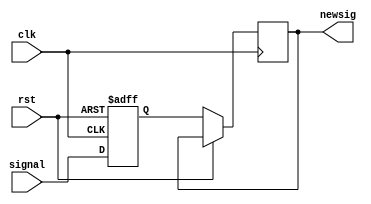
`timescale 1ns / 1ps

module synchronizer (input signal, clk, rst, output reg newsig);
reg Q;
always@(posedge(clk), posedge(rst))
begin
    if (rst) Q <= 0;
    else begin
        Q <= signal;
        newsig <= Q;
    end
    end
endmodule

module Debouncer (input button, clk, rst, output reg sig);

reg Q1, Q2, Q3;
always@(posedge(clk), posedge(rst))
begin
    if (rst) Q1 <= 0;
    else begin
    Q1 <= button;
    Q2 <= Q1;
    Q3 <= Q2;
    end
sig <= Q1 & Q2 &3;

end
endmodule

module BCD (bcd, seg);
input [3:0] bcd;
output reg[6:0] seg;
always @(bcd)
begin
    case (bcd) 
        0 : seg = 7'b0000001;
        1 : seg = 7'b1001111;
        2 : seg = 7'b0010010;
        3 : seg = 7'b0000110;
        4 : seg = 7'b1001100;
        5 : seg = 7'b0100100;
        6 : seg = 7'b0100000;
        7 : seg = 7'b0001111;
        8 : seg = 7'b0000000;
        9 : seg = 7'b0000100;
        10: seg = 7'b1111110;
        11: seg = 7'b0110000;
        12: seg = 7'b1111111;
    endcase
end  
endmodule


module  clockDivider #(parameter n = 5000000) (input clk, rst, output reg clk_out);
reg [31:0] count; 
always @ (posedge(clk), posedge(rst)) begin

    if (rst == 1'b1)
        count <= 32'b0;
    else if (count == n-1)
        count <= 32'b0;
    else
        count <= count +1;
end
always @ (posedge(clk)) begin 

     if (count == n-1)
         clk_out <= ~clk_out;
    else
         clk_out <= clk_out;

end
endmodule


module RisingEdge (input clk, rst, button, output out);
reg [1:0] state, nextState;
parameter [1:0] A=2'b00, B=2'b01, C=2'b10; 
always @ (button or state)
    case (state)
    A: if (button) nextState = B;
     else nextState = A;
    B: if (button) nextState = C;
     else nextState = A;
    C: if (button) nextState = C;
     else nextState = A;
endcase

always @ (posedge clk, posedge(rst)) begin
    if (rst)
    state <= A;
    else
    state <= nextState;
end
assign out = (state == B);
endmodule